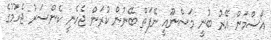
އޯސްމަން އޭރު ބުނީ މަސްނޫއީ ނޭފަތް ބޭނުން ކުރަން ޖެހެނީ ކެންސަރު ޖެހުމުގެ